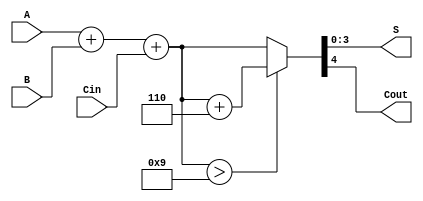
module BCD_Adder (
    input [3:0] A,     // First BCD digit
    input [3:0] B,     // Second BCD digit
    input Cin,         // Carry-in
    output reg [3:0] S, // BCD Sum output
    output reg Cout     // Carry-out
);

    wire [4:0] binary_sum; // 5-bit binary sum
    wire [4:0] corrected_sum; // 5-bit corrected sum
    wire correction_needed; // Signal indicating if correction is needed

    // 1. Binary Addition
    assign binary_sum = A + B + Cin;

    // 2. Check if correction is needed (if binary_sum > 9)
    assign correction_needed = binary_sum > 9;

    // 3. BCD Correction Logic
    always @(*) begin
        if (correction_needed) begin
            corrected_sum = binary_sum + 5'b0110; // Add 6 for correction
        end else begin
            corrected_sum = binary_sum; // No correction needed
        end
        
        // 4. Assign outputs
        S = corrected_sum[3:0]; // Lower 4 bits as the BCD digit
        Cout = corrected_sum[4]; // Highest bit as carry-out
    end

endmodule